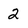
Character: 2